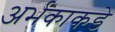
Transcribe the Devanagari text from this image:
अर्भकाकडे